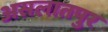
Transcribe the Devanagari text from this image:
असलातपुर